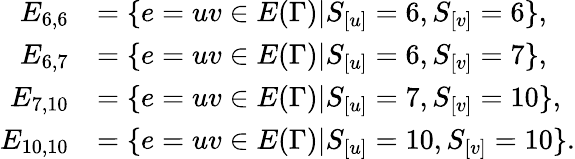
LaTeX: \begin{array}{rl}{E_{6,6}}&{=\{ e=uv\in E(\Gamma)|S_{[u]}=6,S_{[v]}=6\} ,}\\ {E_{6,7}}&{=\{ e=uv\in E(\Gamma)|S_{[u]}=6,S_{[v]}=7\} ,}\\ {E_{7,10}}&{=\{ e=uv\in E(\Gamma)|S_{[u]}=7,S_{[v]}=10\} ,}\\ {E_{10,10}}&{=\{ e=uv\in E(\Gamma)|S_{[u]}=10,S_{[v]}=10\} .}\end{array}